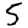
Digit: 5